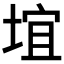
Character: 𪣯